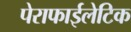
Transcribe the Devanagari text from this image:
पेराफाईलेटिक